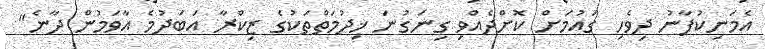
އެމަނިކުފާނު ދިވެހި ގައުމަށް ކޮށްދެއްވި ގިނަގުނަ ޚިދުމަތްތަކުގެ ޒިކްރާ އަބަދުމެ އާވަމުން ދާނެ"